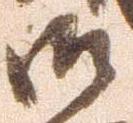
御